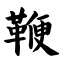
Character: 鞭